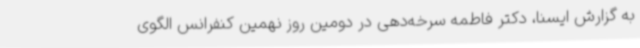
به گزارش ایسنا، دکتر فاطمه سرخه‌دهی در دومین روز نهمین کنفرانس الگوی